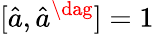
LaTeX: [\hat{a},\hat{a}^{\dag}]=1